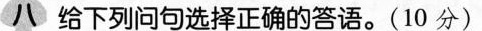
八 给下列问句选择正确的答语。(10 分)